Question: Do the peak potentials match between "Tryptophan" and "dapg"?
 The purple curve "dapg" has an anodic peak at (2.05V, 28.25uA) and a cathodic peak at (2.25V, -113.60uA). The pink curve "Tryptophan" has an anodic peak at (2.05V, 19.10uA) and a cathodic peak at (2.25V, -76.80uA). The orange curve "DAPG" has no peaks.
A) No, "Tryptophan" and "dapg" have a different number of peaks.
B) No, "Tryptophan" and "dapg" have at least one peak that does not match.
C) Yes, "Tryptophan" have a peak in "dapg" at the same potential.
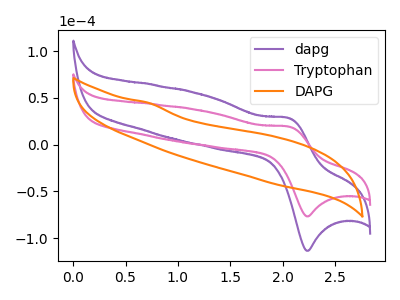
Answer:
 <answer>C) Yes, "Tryptophan" have a peak in "dapg" at the same potential.</answer>
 <eval>C</eval>